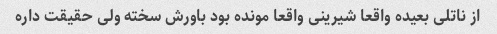
از ناتلی بعیده واقعا شیرینی واقعا مونده بود باورش سخته ولی حقیقت داره